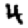
Digit: 4